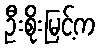
ဦးစိုးမြင့်က